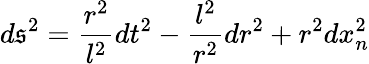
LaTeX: d\mathfrak{s}^{2}=\frac{{r^{2}}}{{l^{2}}}dt^{2}-\frac{{l^{2}}}{{r^{2}}}dr^{2}+r^{2}dx_{n}^{2}